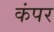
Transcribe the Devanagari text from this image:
कंपर